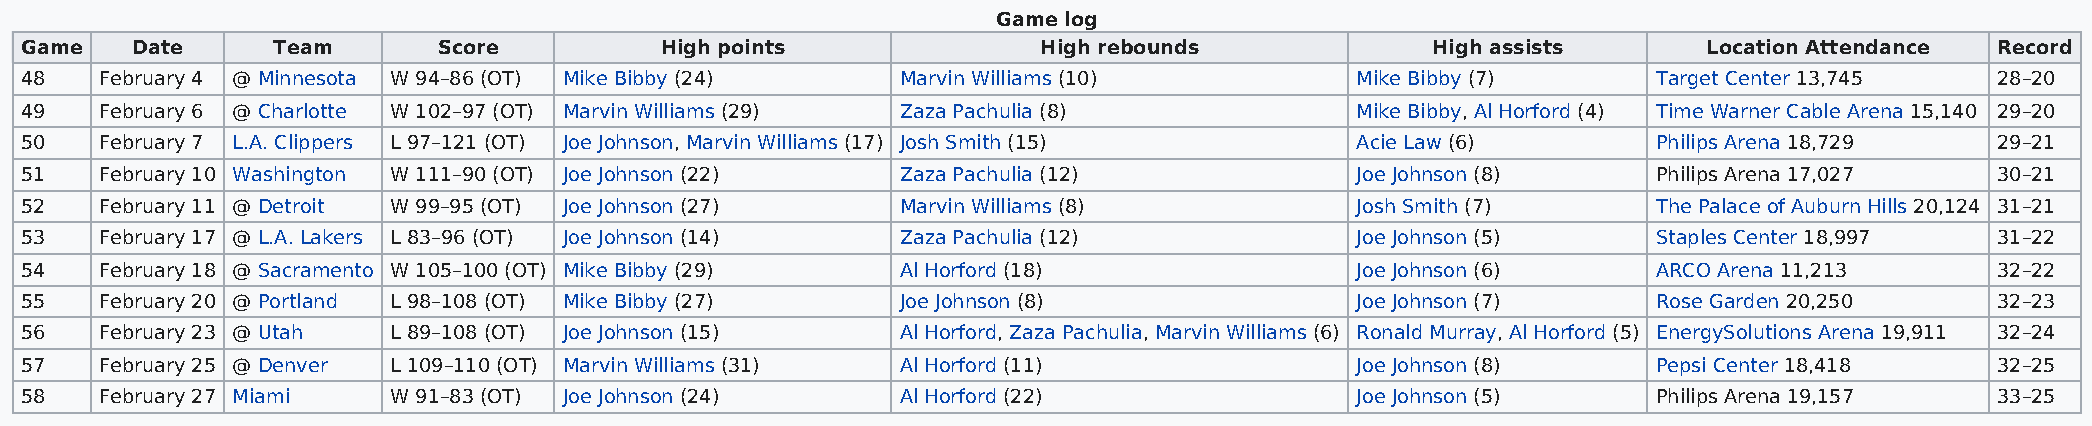
Game log
 Game    Date     Team       Score          High points              High rebounds             High assists      Location Attendance Record
 48    February 4 @ Minnesota W 94–86 (OT) Mike Bibby (24)  Marvin Williams (10)          Mike Bibby (7)      Target Center 13,745  28–20
 49    February 6 @ Charlotte W 102–97 (OT) Marvin Williams (29) Zaza Pachulia (8)        Mike Bibby, Al Horford (4) Time Warner Cable Arena 15,140 29–20
 50    February 7 L.A. Clippers L 97–121 (OT) Joe Johnson, Marvin Williams (17) Josh Smith (15) Acie Law (6)  Philips Arena 18,729  29–21
 51    February 10 Washington W 111–90 (OT) Joe Johnson (22) Zaza Pachulia (12)           Joe Johnson (8)     Philips Arena 17,027  30–21
 52    February 11 @ Detroit W 99–95 (OT) Joe Johnson (27)  Marvin Williams (8)           Josh Smith (7)      The Palace of Auburn Hills 20,124 31–21
 53    February 17 @ L.A. Lakers L 83–96 (OT) Joe Johnson (14) Zaza Pachulia (12)         Joe Johnson (5)     Staples Center 18,997 31–22
 54    February 18 @ Sacramento W 105–100 (OT) Mike Bibby (29) Al Horford (18)            Joe Johnson (6)     ARCO Arena 11,213     32–22
 55    February 20 @ Portland L 98–108 (OT) Mike Bibby (27) Joe Johnson (8)               Joe Johnson (7)     Rose Garden 20,250    32–23
 56    February 23 @ Utah L 89–108 (OT) Joe Johnson (15)    Al Horford, Zaza Pachulia, Marvin Williams (6) Ronald Murray, Al Horford (5) EnergySolutions Arena 19,911 32–24
 57    February 25 @ Denver L 109–110 (OT) Marvin Williams (31) Al Horford (11)           Joe Johnson (8)     Pepsi Center 18,418   32–25
 58    February 27 Miami  W 91–83 (OT) Joe Johnson (24)     Al Horford (22)               Joe Johnson (5)     Philips Arena 19,157  33–25